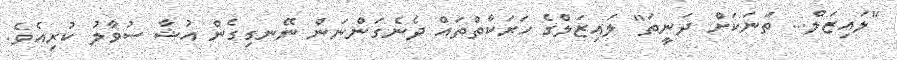
"ލައިޒަލް... ތަނަކަށް ދަނީތަ" ލައިޒަލްގެ ހަރަކާތްތައް ދެނެގަންނަން ނޭނގިގެން އުޝާ ސުވާލު ކުރިއެވެ.